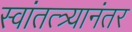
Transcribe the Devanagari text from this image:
स्वांतत्त्र्यानंतर